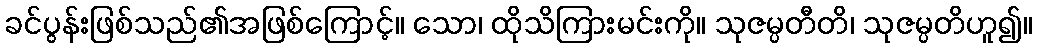
ခင်ပွန်းဖြစ်သည်၏အဖြစ်ကြောင့်။ သော၊ ထိုသိကြားမင်းကို။ သုဇမ္ပတီတိ၊ သုဇမ္ပတိဟူ၍။